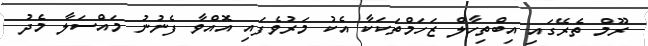
ރޫމް ތެރޭގައިި އިބްތިހާލް ޒަހަމްތަކަކާ އެކު މަރުވެފައި އޮއްވާ ފެނުނު މައްސަލާ މެދު